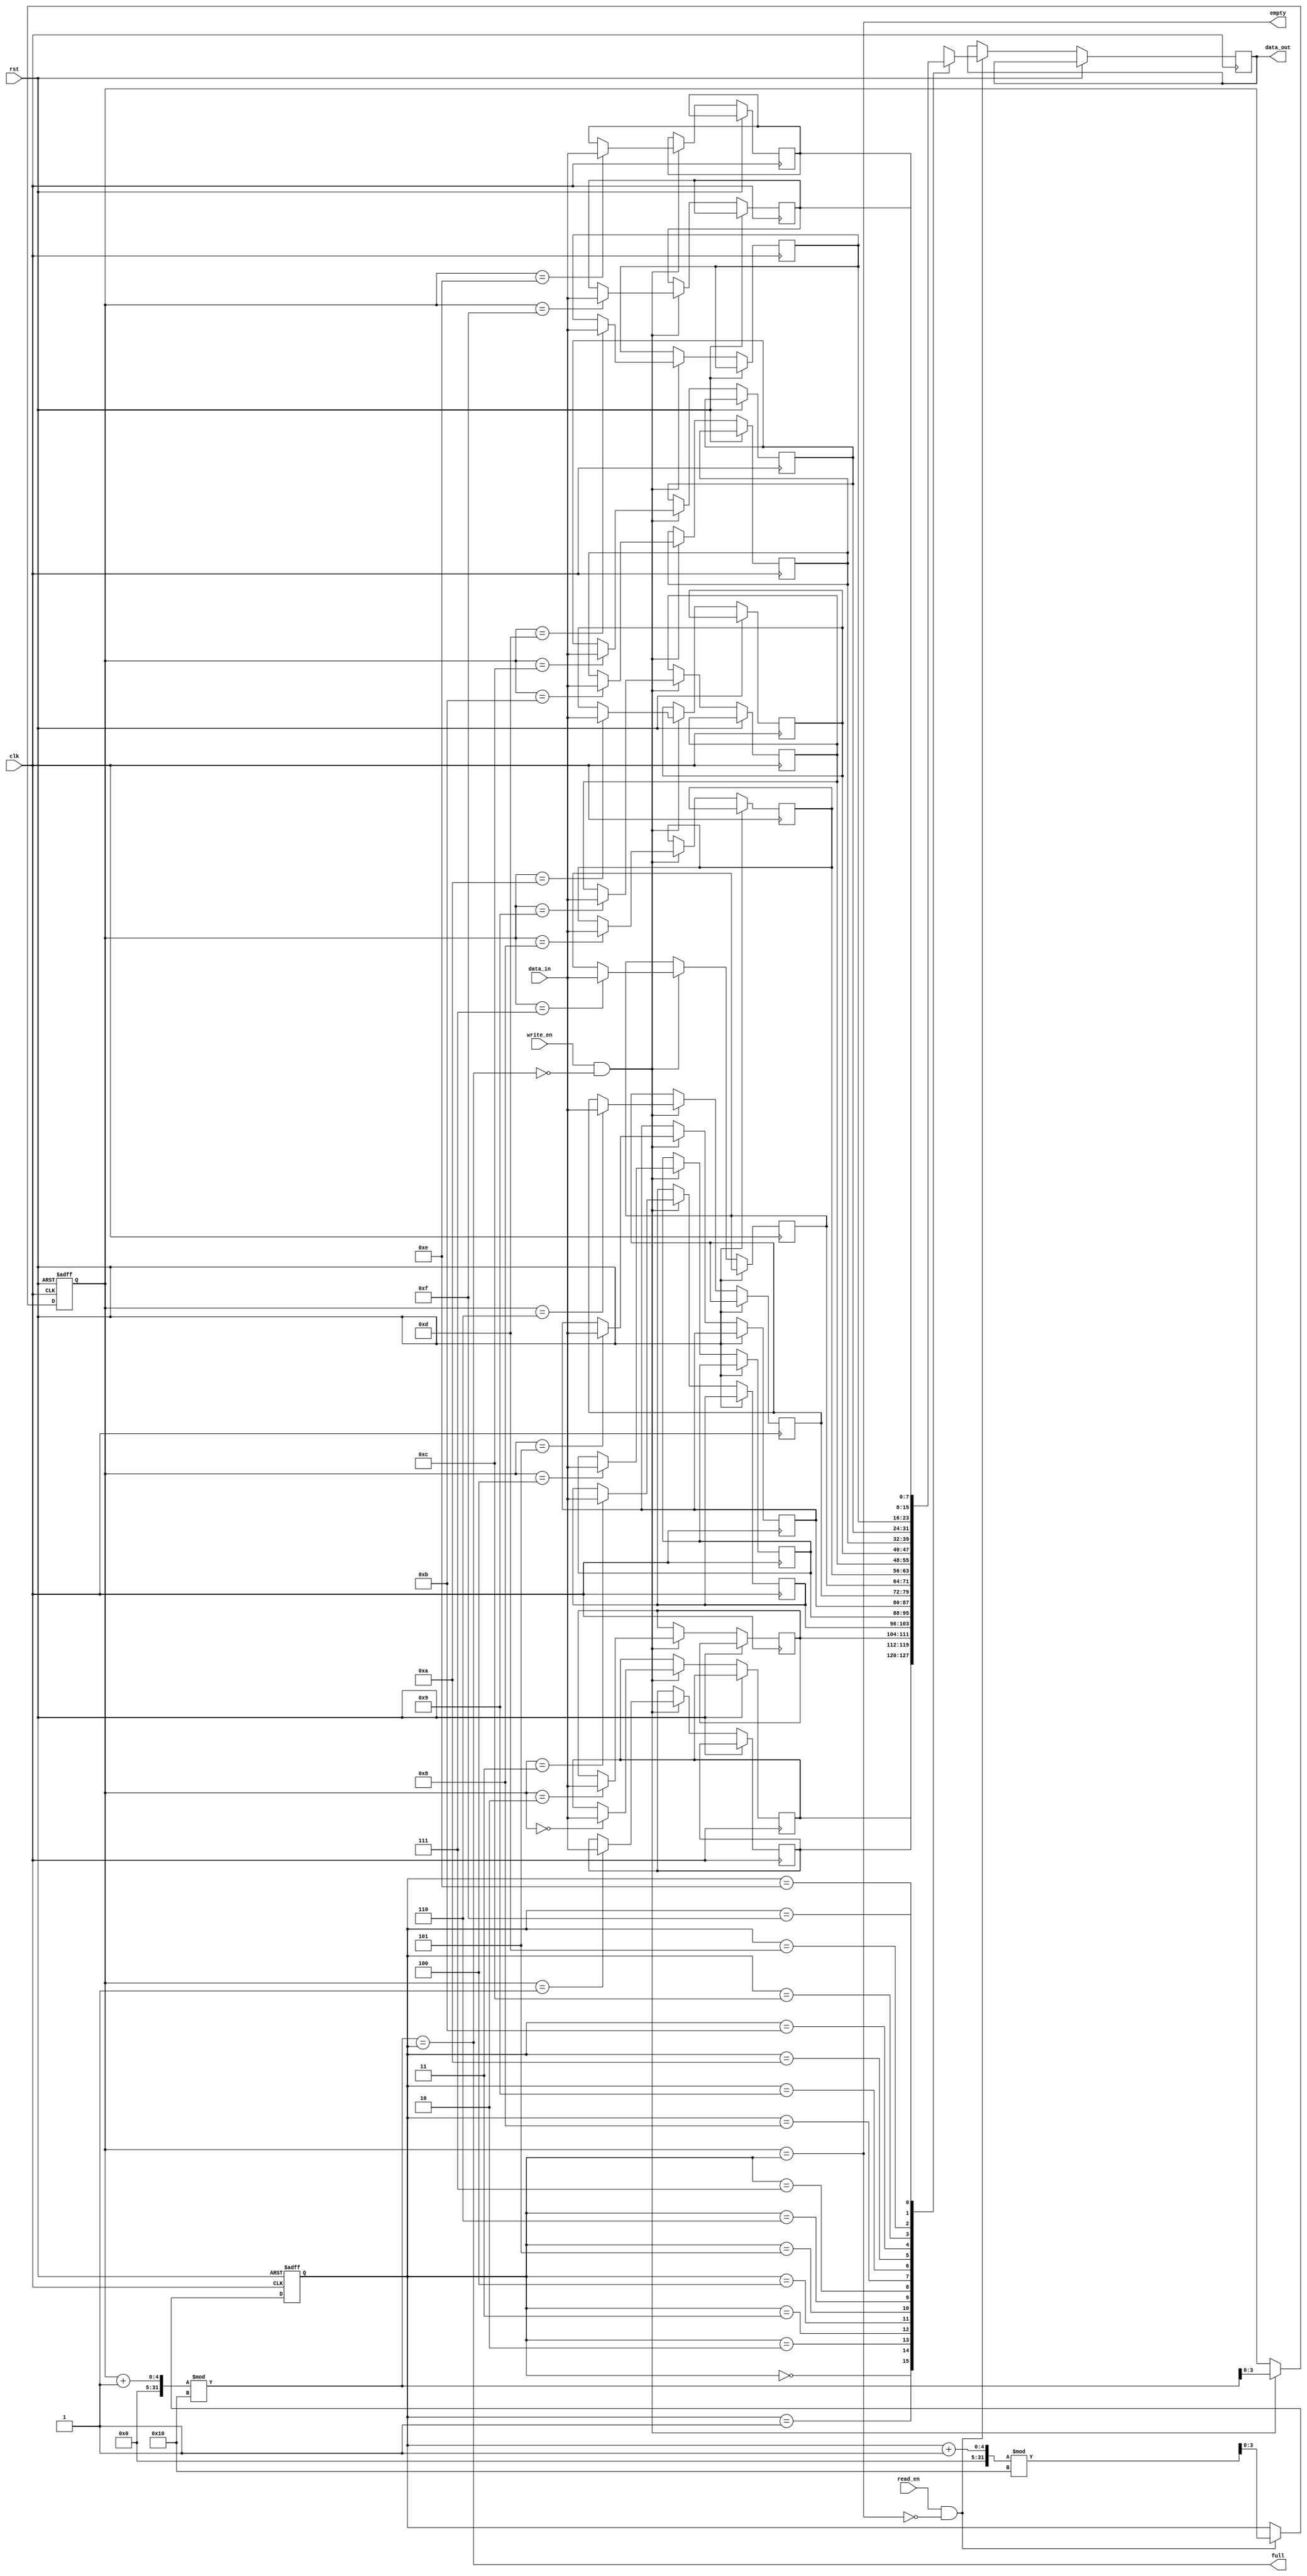
module gray_fifo (
   input wire clk,
   input wire rst,
   input wire write_en,
   input wire read_en,
   input wire [DATA_WIDTH-1:0] data_in,
   output wire [DATA_WIDTH-1:0] data_out,
   output wire full,
   output wire empty
);

parameter ADDR_WIDTH = $clog2(DEPTH);
parameter DATA_WIDTH = 8;
parameter DEPTH = 16;

reg [DATA_WIDTH-1:0] memory [DEPTH-1:0];
reg [ADDR_WIDTH-1:0] head, tail;

always @(posedge clk or posedge rst) begin
   if (rst) begin
      head <= 0;
      tail <= 0;
   end else begin
      if (write_en && !full) begin
         memory[tail] <= data_in;
         tail <= (tail + 1) % DEPTH;
      end
      if (read_en && !empty) begin
         data_out <= memory[head];
         head <= (head + 1) % DEPTH;
      end
   end
end

assign full = (tail + 1) % DEPTH == head;
assign empty = tail == head;

endmodule